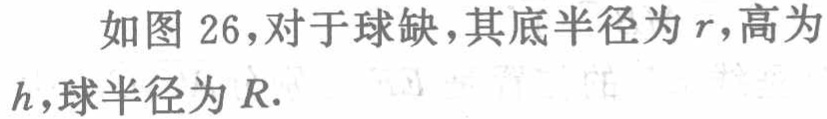
如图 26，对于球缺，其底半径为 \(r\)，高为 \(h\)，球半径为 \(R\).